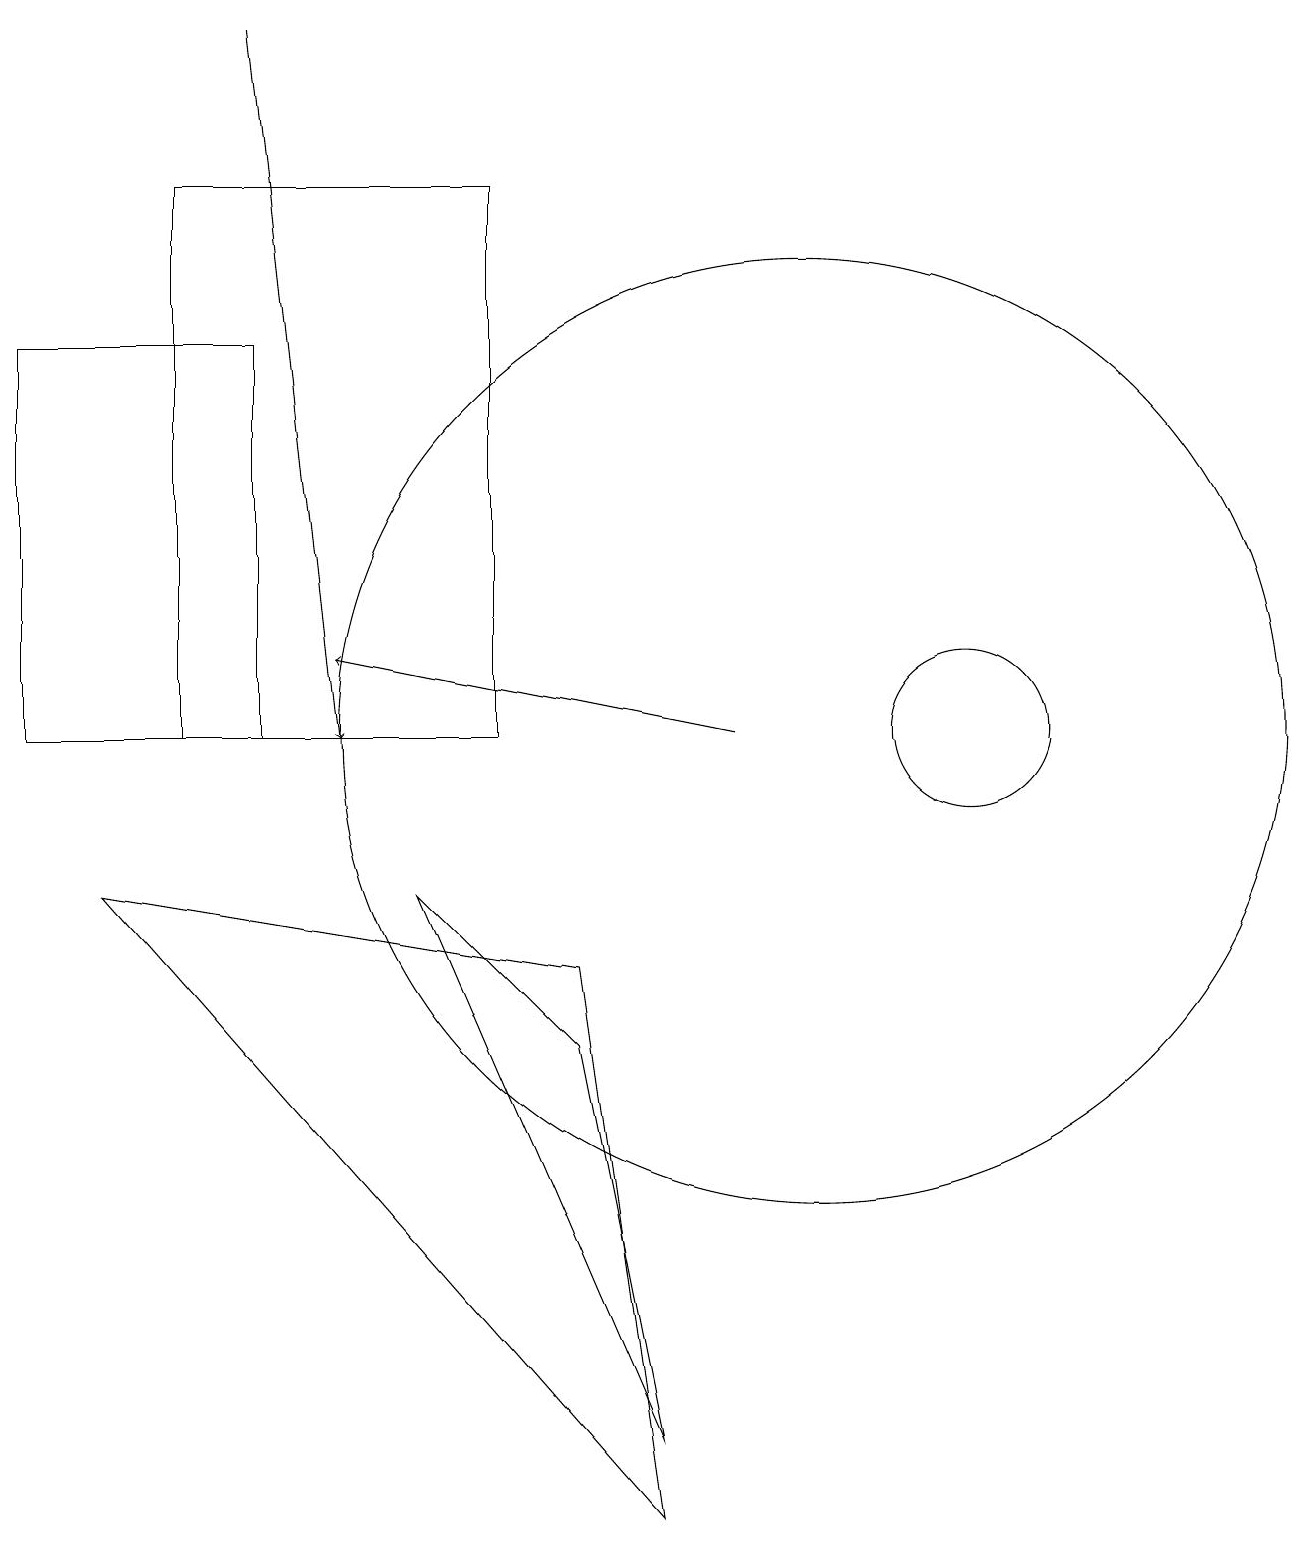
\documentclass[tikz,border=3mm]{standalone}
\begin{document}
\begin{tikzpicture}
\draw[->] (9,10) -- (4,11);
\draw (3,10) rectangle (0,15);
\draw (12,10) circle (1);
\draw (2,17) rectangle (6,10);
\draw (8,1) -- (7,6) -- (5,8) -- cycle;
\draw (10,10) circle (6);
\draw (1,8) -- (8,0) -- (7,7) -- cycle;
\draw[->] (3,19) -- (4,10);
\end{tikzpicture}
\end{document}